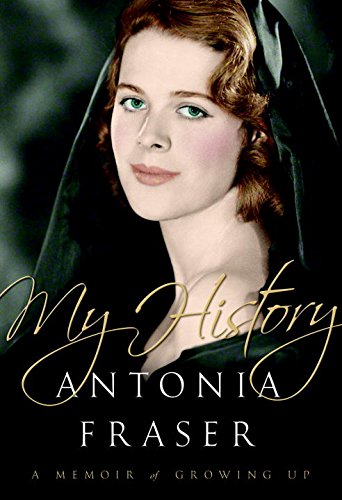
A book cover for My History: A Memoir of Growing Up; Antonia Fraser; Biographies & Memoirs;